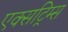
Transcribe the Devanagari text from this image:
एक्सट्रिम्स